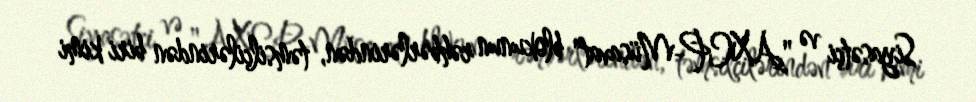
Siyasətçi və "AXCP-Müsavat" blokunun rəhbərlərindən, təmsilçilərindən biri kimi